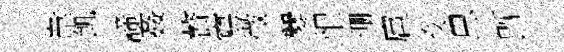
韋飢諦姦贅寫徵爨恨珊扈刻思旣